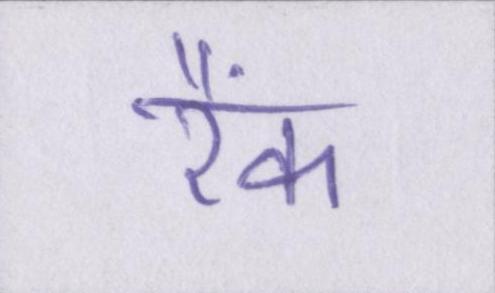
रैंक